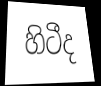
හිටීද